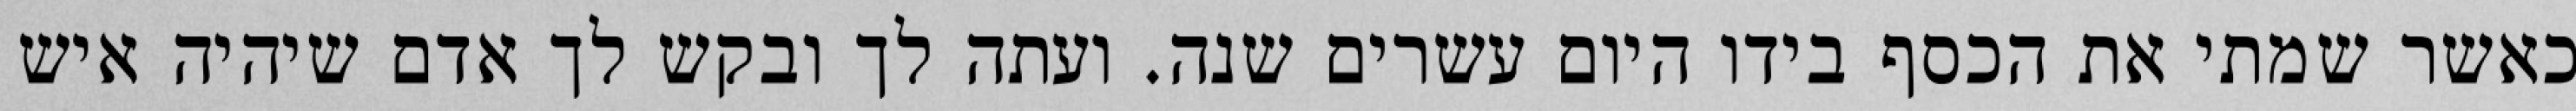
כאשר שמתי את הכסף בידו היום עשרים שנה. ועתה לך ובקש לך אדם שיהיה איש